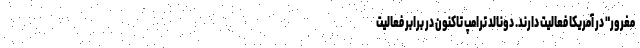
مغرور" در آمریکا فعالیت دارند. دونالد ترامپ تاکنون در برابر فعالیت